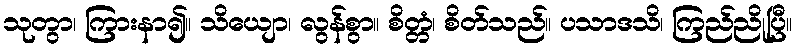
သုတွာ၊ ကြားနာ၍။ သိယျော၊ လွန်စွာ။ စိတ္တံ၊ စိတ်သည်။ ပသာဒသိ၊ ကြည်ညိုပြီ။